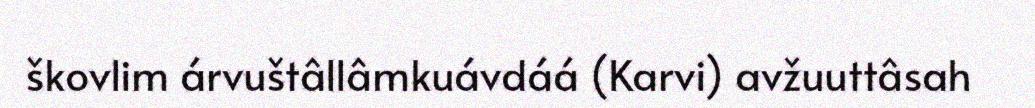
škovlim árvuštâllâmkuávdáá (Karvi) avžuuttâsah